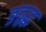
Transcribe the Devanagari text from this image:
ङद्वद्ध